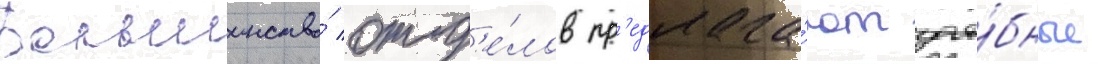
Большинство́ отд'е́лов пр'едлага́ют уче́бные